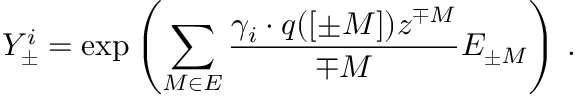
Y _ { \pm } ^ { i } = \exp \left( \sum _ { M \in \cal E } \frac { \gamma _ { i } \cdot q ( [ \pm M ] ) z ^ { \mp M } } { \mp M } E _ { \pm M } \right) \, .